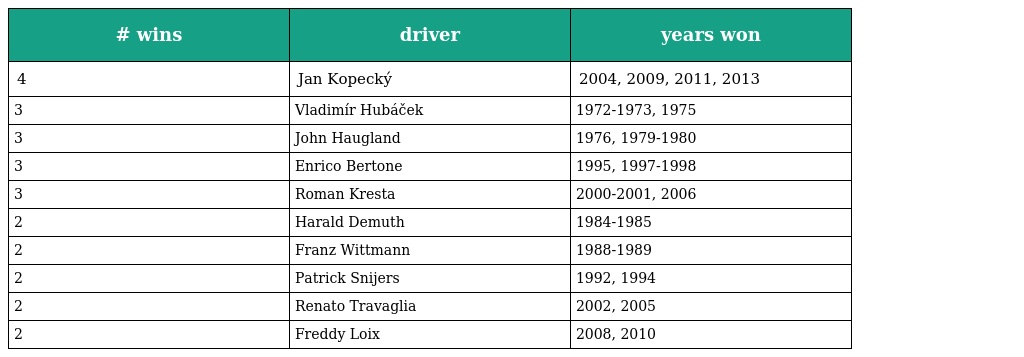
| # wins | driver | years won |
 | --- | --- | --- |
 | 4 | Jan Kopecký | 2004, 2009, 2011, 2013 |
 | 3 | Vladimír Hubáček | 1972-1973, 1975 |
 | 3 | John Haugland | 1976, 1979-1980 |
 | 3 | Enrico Bertone | 1995, 1997-1998 |
 | 3 | Roman Kresta | 2000-2001, 2006 |
 | 2 | Harald Demuth | 1984-1985 |
 | 2 | Franz Wittmann | 1988-1989 |
 | 2 | Patrick Snijers | 1992, 1994 |
 | 2 | Renato Travaglia | 2002, 2005 |
 | 2 | Freddy Loix | 2008, 2010 |